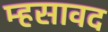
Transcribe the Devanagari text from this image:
म्हसावद